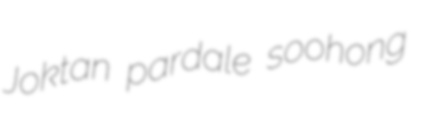
Joktan pardale soohong